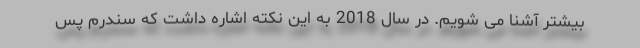
بیشتر آشنا می شویم. در سال 2018 به این نکته اشاره داشت که سندرم پس